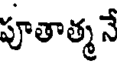
పూతాత్మ నే